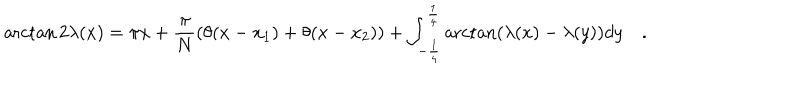
LaTeX: \operatorname { a r c t a n } 2 \lambda ( x ) = \pi x + \frac { \pi } { N } ( \theta ( x - x _ { 1 } ) + \theta ( x - x _ { 2 } ) ) + \int _ { - \frac { 1 } { 4 } } ^ { \frac { 1 } { 4 } } \operatorname { a r c t a n } ( \lambda ( x ) - \lambda ( y ) ) d y \quad .